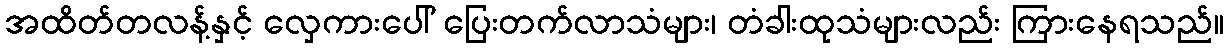
အထိတ်တလန့်နှင့် လှေကားပေါ် ပြေးတက်လာသံများ၊ တံခါးထုသံများလည်း ကြားနေရသည်။